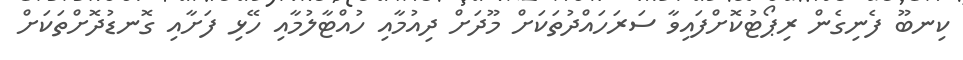
ކިނބޫ ފެނިގެން ރިޕޯޓުކޮށްފައިވާ ސަރަހައްދުތަކަށް މޫދަށް ދިއުމާއި ހުއްޓާލުމާއި ހޭޅި ފަށާއި ގޮނޑުދޮށްތަކަށް